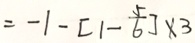
= - 1 - [ 1 - \frac { 5 } { 6 } ] \times 3